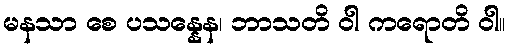
မနသာ စေ ပသန္နေန၊ ဘာသတိ ဝါ ကရောတိ ဝါ။